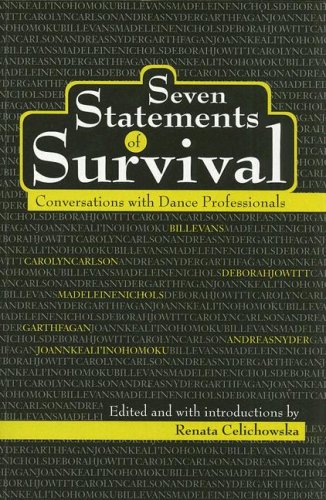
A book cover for Seven Statements of Survival: Conversations With Dance Professionals; Teen & Young Adult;